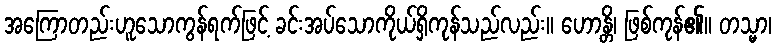
အကြောတည်းဟူသောကွန်ရက်ဖြင့် ခင်းအပ်သောကိုယ်ရှိကုန်သည်လည်း။ ဟောန္တိ၊ ဖြစ်ကုန်၏။ တသ္မာ၊